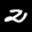
Label: 2